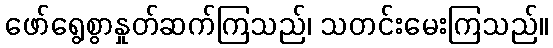
ဖော်ရွေစွာနှုတ်ဆက်ကြသည်၊ သတင်းမေးကြသည်။